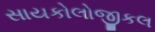
સાયકોલોજીકલ